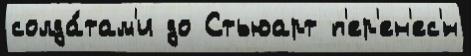
солда́там'и до Стьюарт п'ер'ен'ес'́н